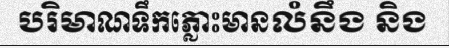
បរិមាណទឹកភ្លោះមានលំនឹង និង